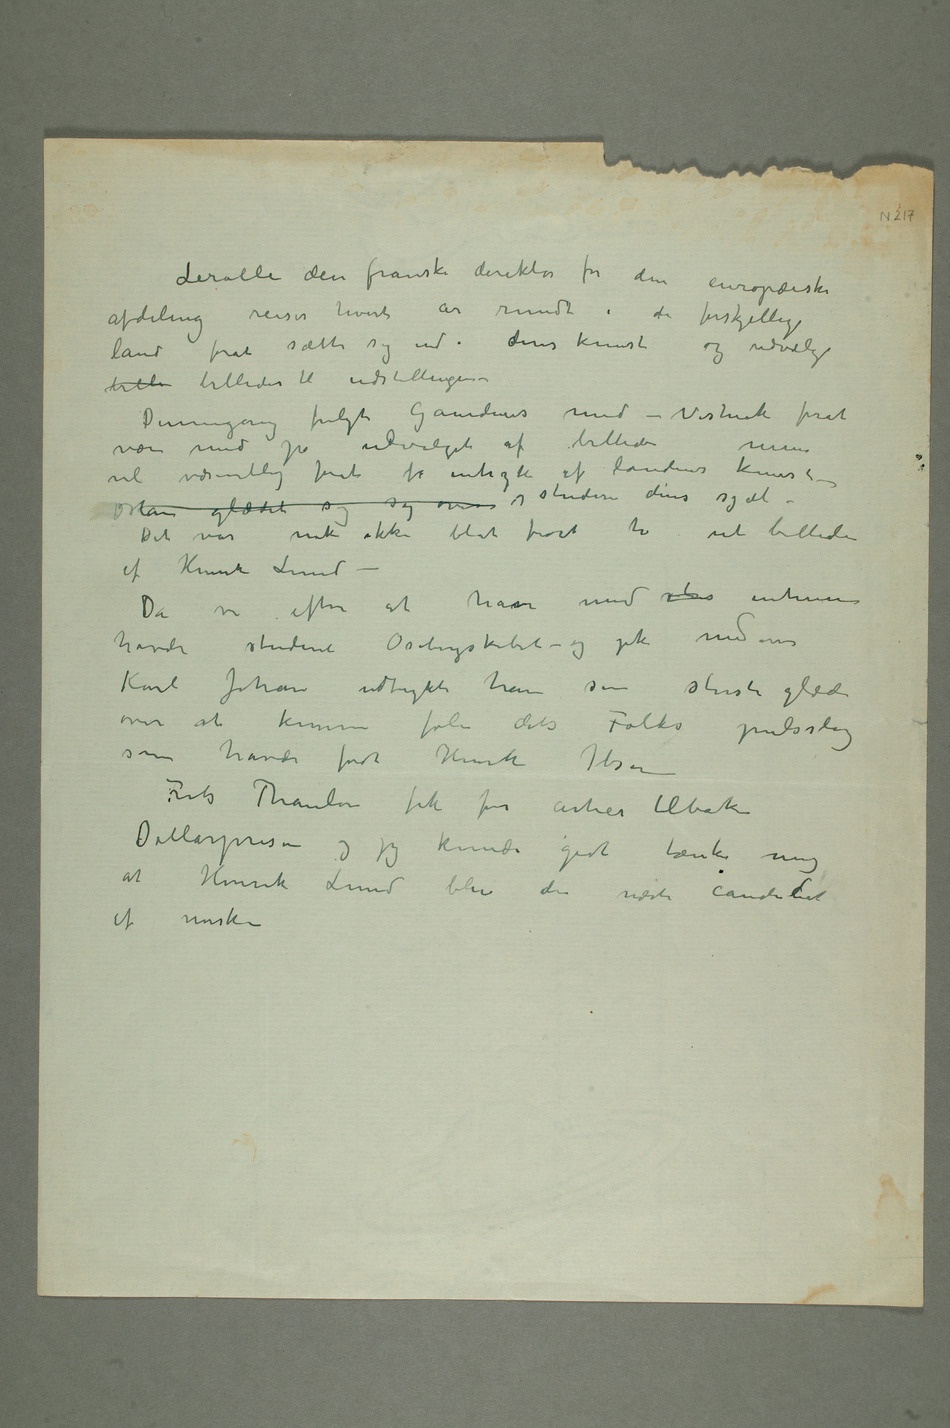
Lerolle den franske direktør for den europæiske
afdeling reiser hvert år rundt i de forskjellige
land forat sætte sig ind i deres kunst og udvælge
bille billeder til udstillingen –
Denne gang fulgte Gaudens med – Vistnok forat
vel væsentlig forat få intryk af landenes kunst –
Det var nok ikke blot forat ta ut billeder
af Henrik Lund
– Da vi efter at have med stor intresse
havde studeret Osebergskibet – og gik nedover
Karl Johan udtrykte han sin største glæde
over at kunne føle dets Folks pulsslag
som havde født Henrik Ibsen
Frits Thaulow fik for årtier tilbake
Dollarprisen og jeg kunde godt tænke
af norske